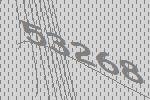
53268